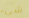
شيء